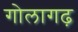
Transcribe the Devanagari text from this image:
गोलागढ़